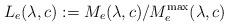
LaTeX: \begin{align*}L_e(\lambda,c):=M_e(\lambda,c)/M_e^{\rm max}(\lambda,c)\end{align*}